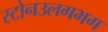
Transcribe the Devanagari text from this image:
स्टोनउलगभग